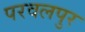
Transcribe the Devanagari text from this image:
परवलपुर